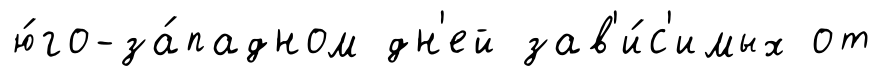
ю́го-за́падном дн'ей зав'и́с'имых от